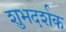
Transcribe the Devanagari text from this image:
शुभदर्शक